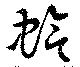
蛤